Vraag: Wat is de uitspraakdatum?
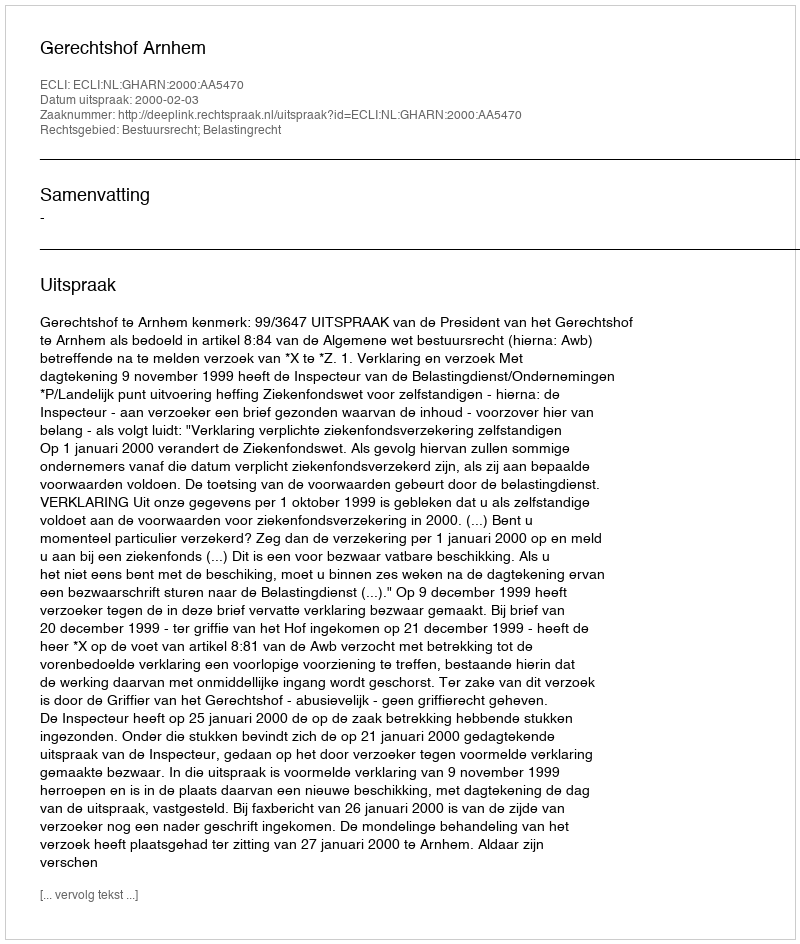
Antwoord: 2000-02-03